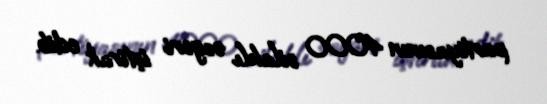
partiyasının 4000 silahlı əsgəri iştirak edib.